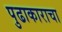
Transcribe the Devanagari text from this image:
पुढाकाराचा